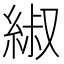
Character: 𫃬